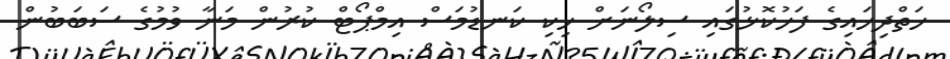
ހަތްދިހައިގެ ފަހުކޮޅުގައި ސިލޯނަށް ހިކި ކަނޑުމަސް އިމްޕޯޓް ކުރުން މަނާ ވުމުގެ ސަބަބުން